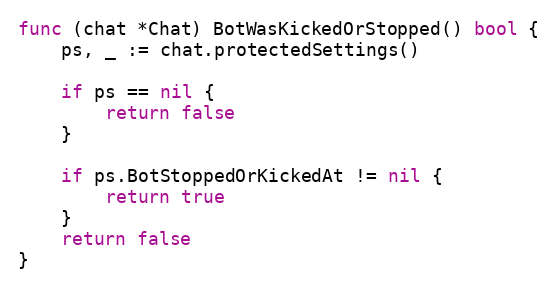
Language: Go
func (chat *Chat) BotWasKickedOrStopped() bool {
	ps, _ := chat.protectedSettings()

	if ps == nil {
		return false
	}

	if ps.BotStoppedOrKickedAt != nil {
		return true
	}
	return false
}